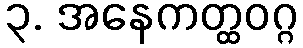
၃. အနေကတ္ထဝဂ္ဂ